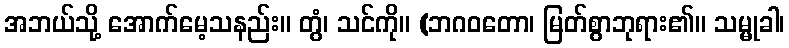
အဘယ်သို့ အောက်မေ့သနည်း။ တွံ၊ သင်ကို။ (ဘဂဝတော၊ မြတ်စွာဘုရား၏။ သမ္မုခါ၊